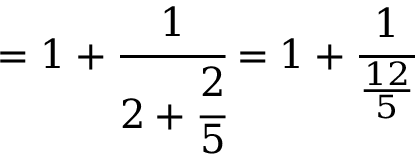
= 1 + { \cfrac { 1 } { 2 + { \cfrac { 2 } { 5 } } } } = 1 + { \cfrac { 1 } { \frac { 1 2 } { 5 } } }